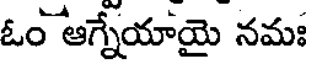
ఓం ఆగ్నేయాయై నమః